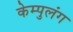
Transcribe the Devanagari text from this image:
केम्पुलंग